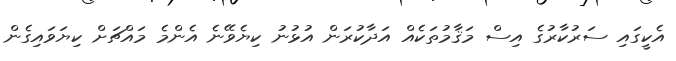
އެކީގައި ސަރުކާރުގެ އިސް މަޤާމުތަކެއް އަދާކުރަން އުޅުނު ކިޔެވޭނެ އެންމެ މައްޗަށް ކިޔަވައިގެން